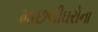
માછલીઘરોના